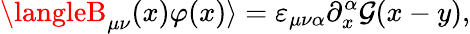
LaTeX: \langleB_{\mu\nu}(x)\varphi(x)\rangle=\varepsilon_{\mu\nu\alpha}\partial_{x}^{\alpha}\mathcal{G}(x-y),